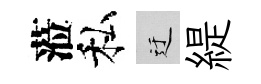
蒞私迂緹